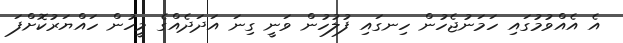
އެ އެއްވުމުގައި ހަމަނުޖެހުން ހިނގައި ފުލުހުން ވަނީ ގިނަ އަދަދެއްގެ މީހުން ހައްޔަރުކޮށްފަ